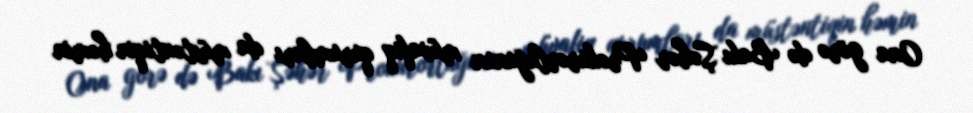
Ona görə də Bakı Şəhər Prokurorluğunun müvafiq qurumları da müstəntiqin həmin